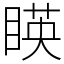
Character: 䁐